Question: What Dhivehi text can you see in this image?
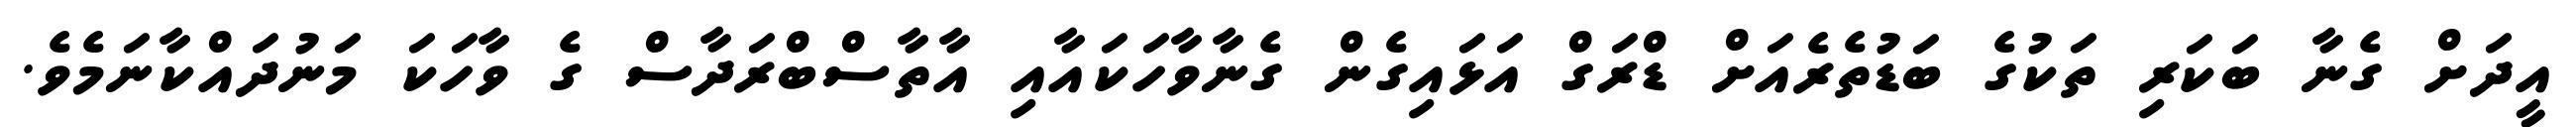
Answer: އީދަށް ގެނާ ބަކަރި ތަކުގެ ބަޑުތެރެއަށް ޑްރަގް އަޅައިގެން ގެނާވާހަކައާއި އާތާސްބްރަދާސް ގެ ވާހަކަ މަނުދައްކާނަމެވެ.